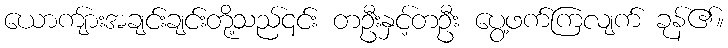
ယောကျ်ားအချင်းချင်းတို့သည်၎င်း တဦးနှင့်တဦး ပွေ့ဖက်ကြလျက် ခုန်၏။